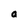
Character: a